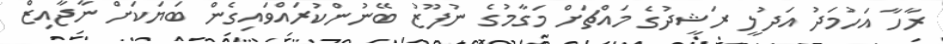
ރާހާ އަހުމަދު އަދުލީ ރަޝީދުގެ މައްޗަށް މަގާމުގެ ނުފޫޒު ބޭނުންކުރައްވައިގެން ބަޔަކަށް ނާޖާއިޒް